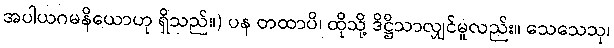
အပါယဂမနိယောဟု ရှိသည်။) ပန တထာပိ၊ ထိုသို့ ဒိဋ္ဌိသာလျှင်မူလည်း။ သေသေသု၊